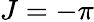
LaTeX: J=-\pi